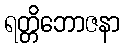
ရတ္တိဘောဇနာ